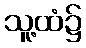
သူ့ထံ၌